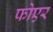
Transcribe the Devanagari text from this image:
फोएर